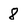
Character: 8